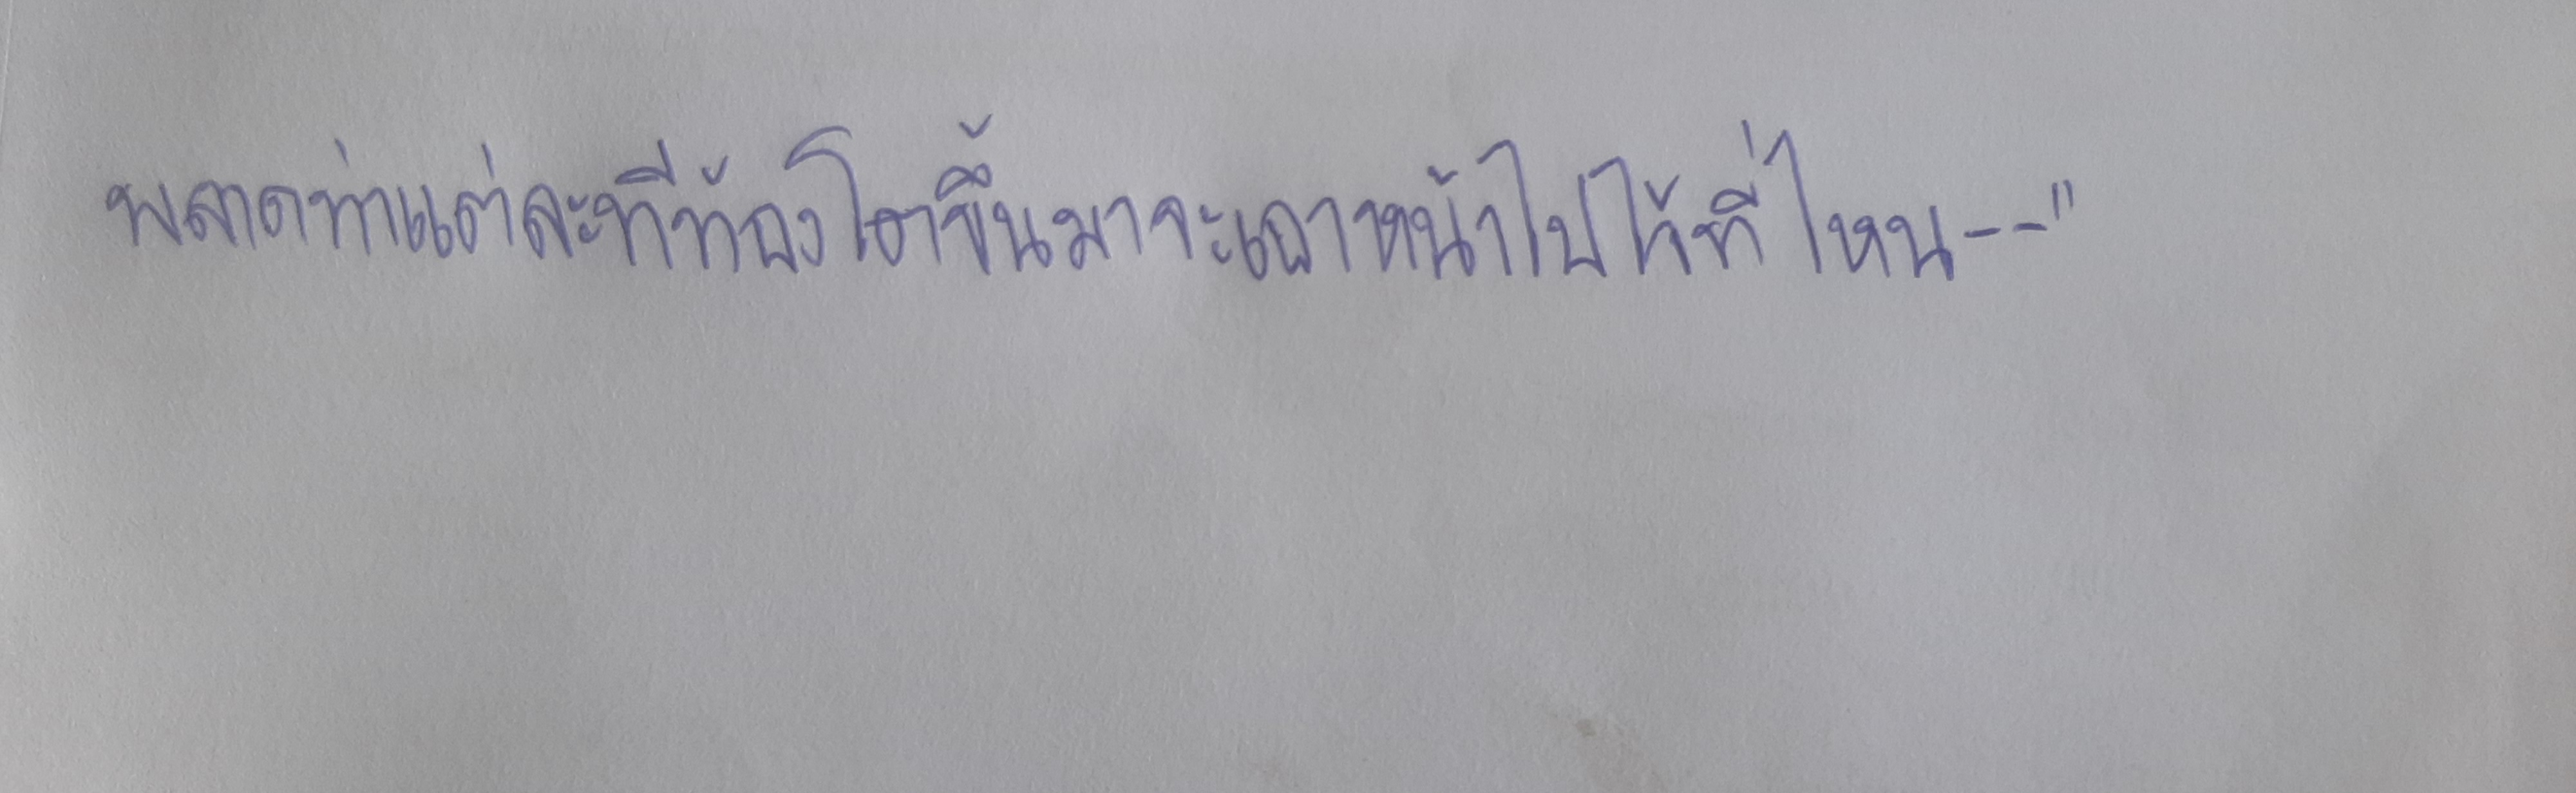
พลาดท่าแต่ละทีท้องโตขึ้นมาจะเอาหน้าไปไว้ที่ไหน--"